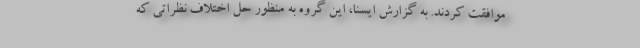
موافقت کردند. به گزارش ایسنا، این گروه به منظور حل اختلاف نظراتی که